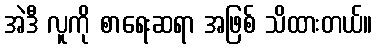
အဲဒီ လူကို စာရေးဆရာ အဖြစ် သိထားတယ်။